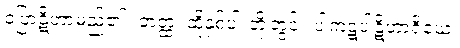
ဝပြာဋိဟာမည်၏။ တတ္ထ၊ ထိုနှစ်ပါးတို့တွင်။ ပါကဋပါဋိဟာရိယေ၊